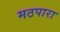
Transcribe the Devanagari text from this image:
मठपारा